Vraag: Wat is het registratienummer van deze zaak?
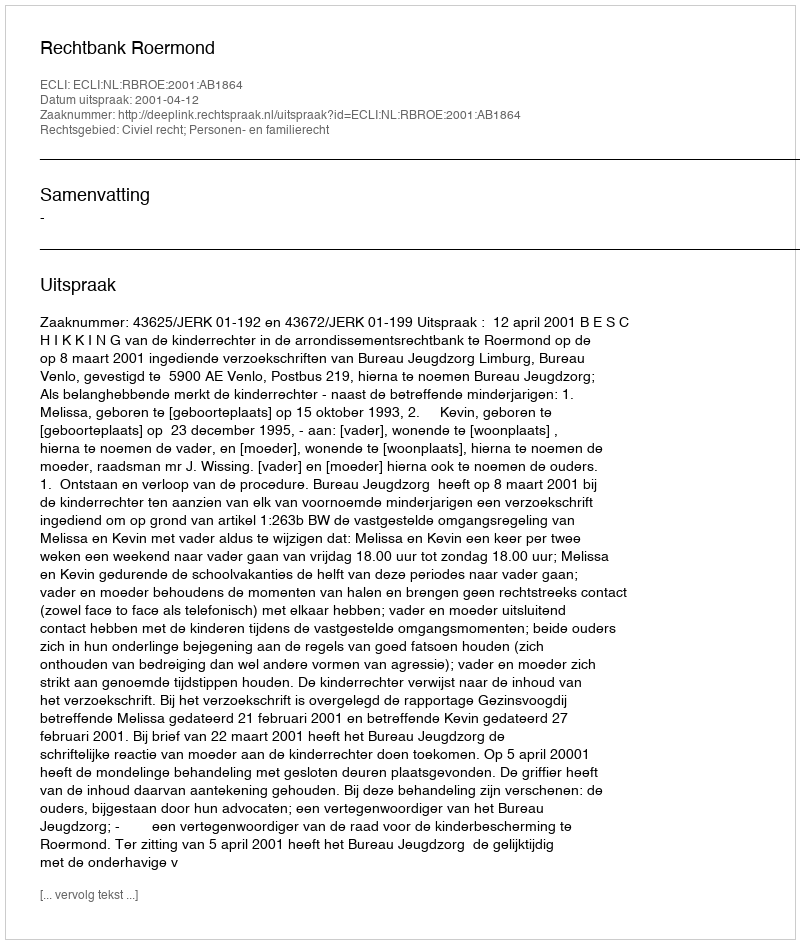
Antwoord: http://deeplink.rechtspraak.nl/uitspraak?id=ECLI:NL:RBROE:2001:AB1864